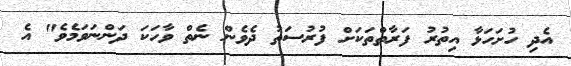
އެދި ހުށަހަޅާ އިތުރު ފަރާތްތަކަށް ފުރުސަތު ދެވެން ނެތް ވާހަކަ ދަންނަވަމެވެ" އެ